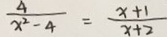
\frac { 4 } { x ^ { 2 } - 4 } = \frac { x + 1 } { x + 2 }